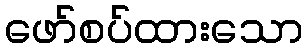
ဖော်စပ်ထားသော